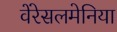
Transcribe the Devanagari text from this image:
वेंरेसलमेनिया